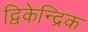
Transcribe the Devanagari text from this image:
द्विकेन्द्रिक